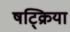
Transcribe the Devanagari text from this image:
षट्क्रिया